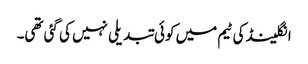
انگلینڈ کی ٹیم میں کوئی تبدیلی نہیں کی گئی تھی۔